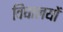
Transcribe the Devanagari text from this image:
विघालयों